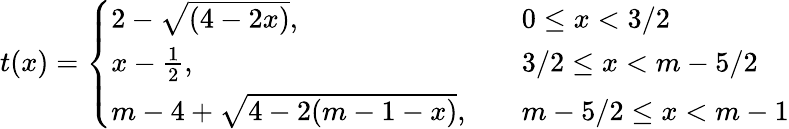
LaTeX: t(x)=\left\{ \begin{array}{ll}{2-\sqrt{(4-2x)},\quad}&{0\leq x<3/2}\\ {x-\frac{1}{2},\quad}&{3/2\leq x<m-5/2}\\ {m-4+\sqrt{4-2(m-1-x)},\quad}&{m-5/2\leq x<m-1}\end{array}\right.